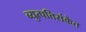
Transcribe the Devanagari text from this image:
व्युत्पत्तिसंकेत